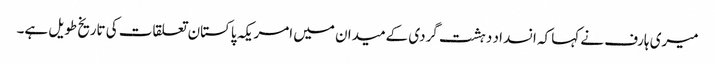
میری ہارف نے کہا کہ انسداد دہشت گردی کےمیدان میں امریکہ پاکستان تعلقات کی تاریخ طویل ہے۔